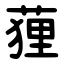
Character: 䔆